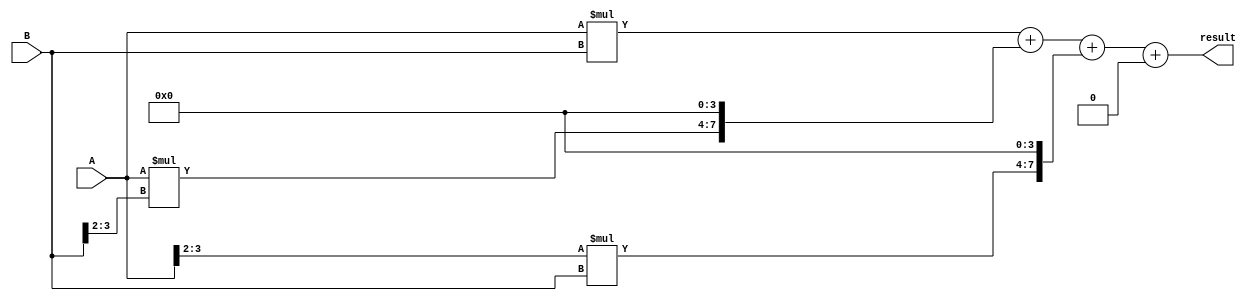
module Radix4_Multiplier (
    input [3:0] A,
    input [3:0] B,
    output reg [7:0] result
);

reg [3:0] partial_products [3:0];
reg [7:0] accumulator;

always @(*) begin
    partial_products[0] = A * B;
    partial_products[1] = A * (B >> 2);
    partial_products[2] = (A >> 2) * B;
    partial_products[3] = (A >> 2) * (B >> 2);
    
    accumulator = partial_products[0] + (partial_products[1] << 4) + (partial_products[2] << 4) + (partial_products[3] << 8);
end

assign result = accumulator;

endmodule